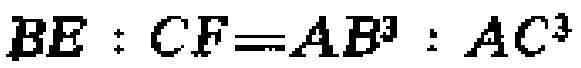
\(BE:CF = AB^{3}:AC^{3}\)